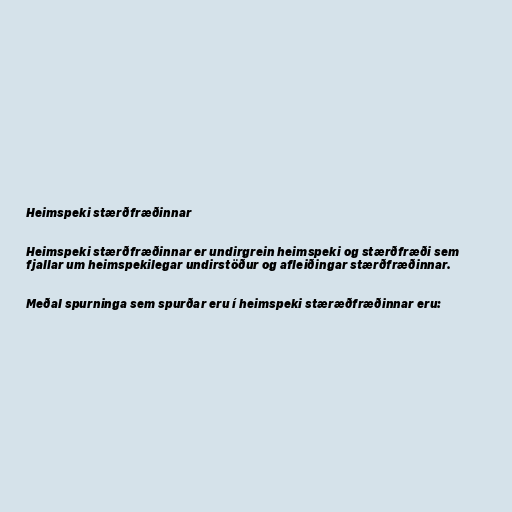
Heimspeki stærðfræðinnar

Heimspeki stærðfræðinnar er undirgrein heimspeki og stærðfræði sem
fjallar um heimspekilegar undirstöður og afleiðingar stærðfræðinnar.

Meðal spurninga sem spurðar eru í heimspeki stæræðfræðinnar eru: